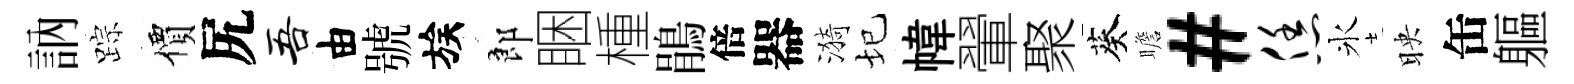
訥踪價尻吾由號族郎睏㮔鵑倍器漪圮幃翬聚葵瞻#恁氷映缶軀